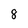
Character: 8